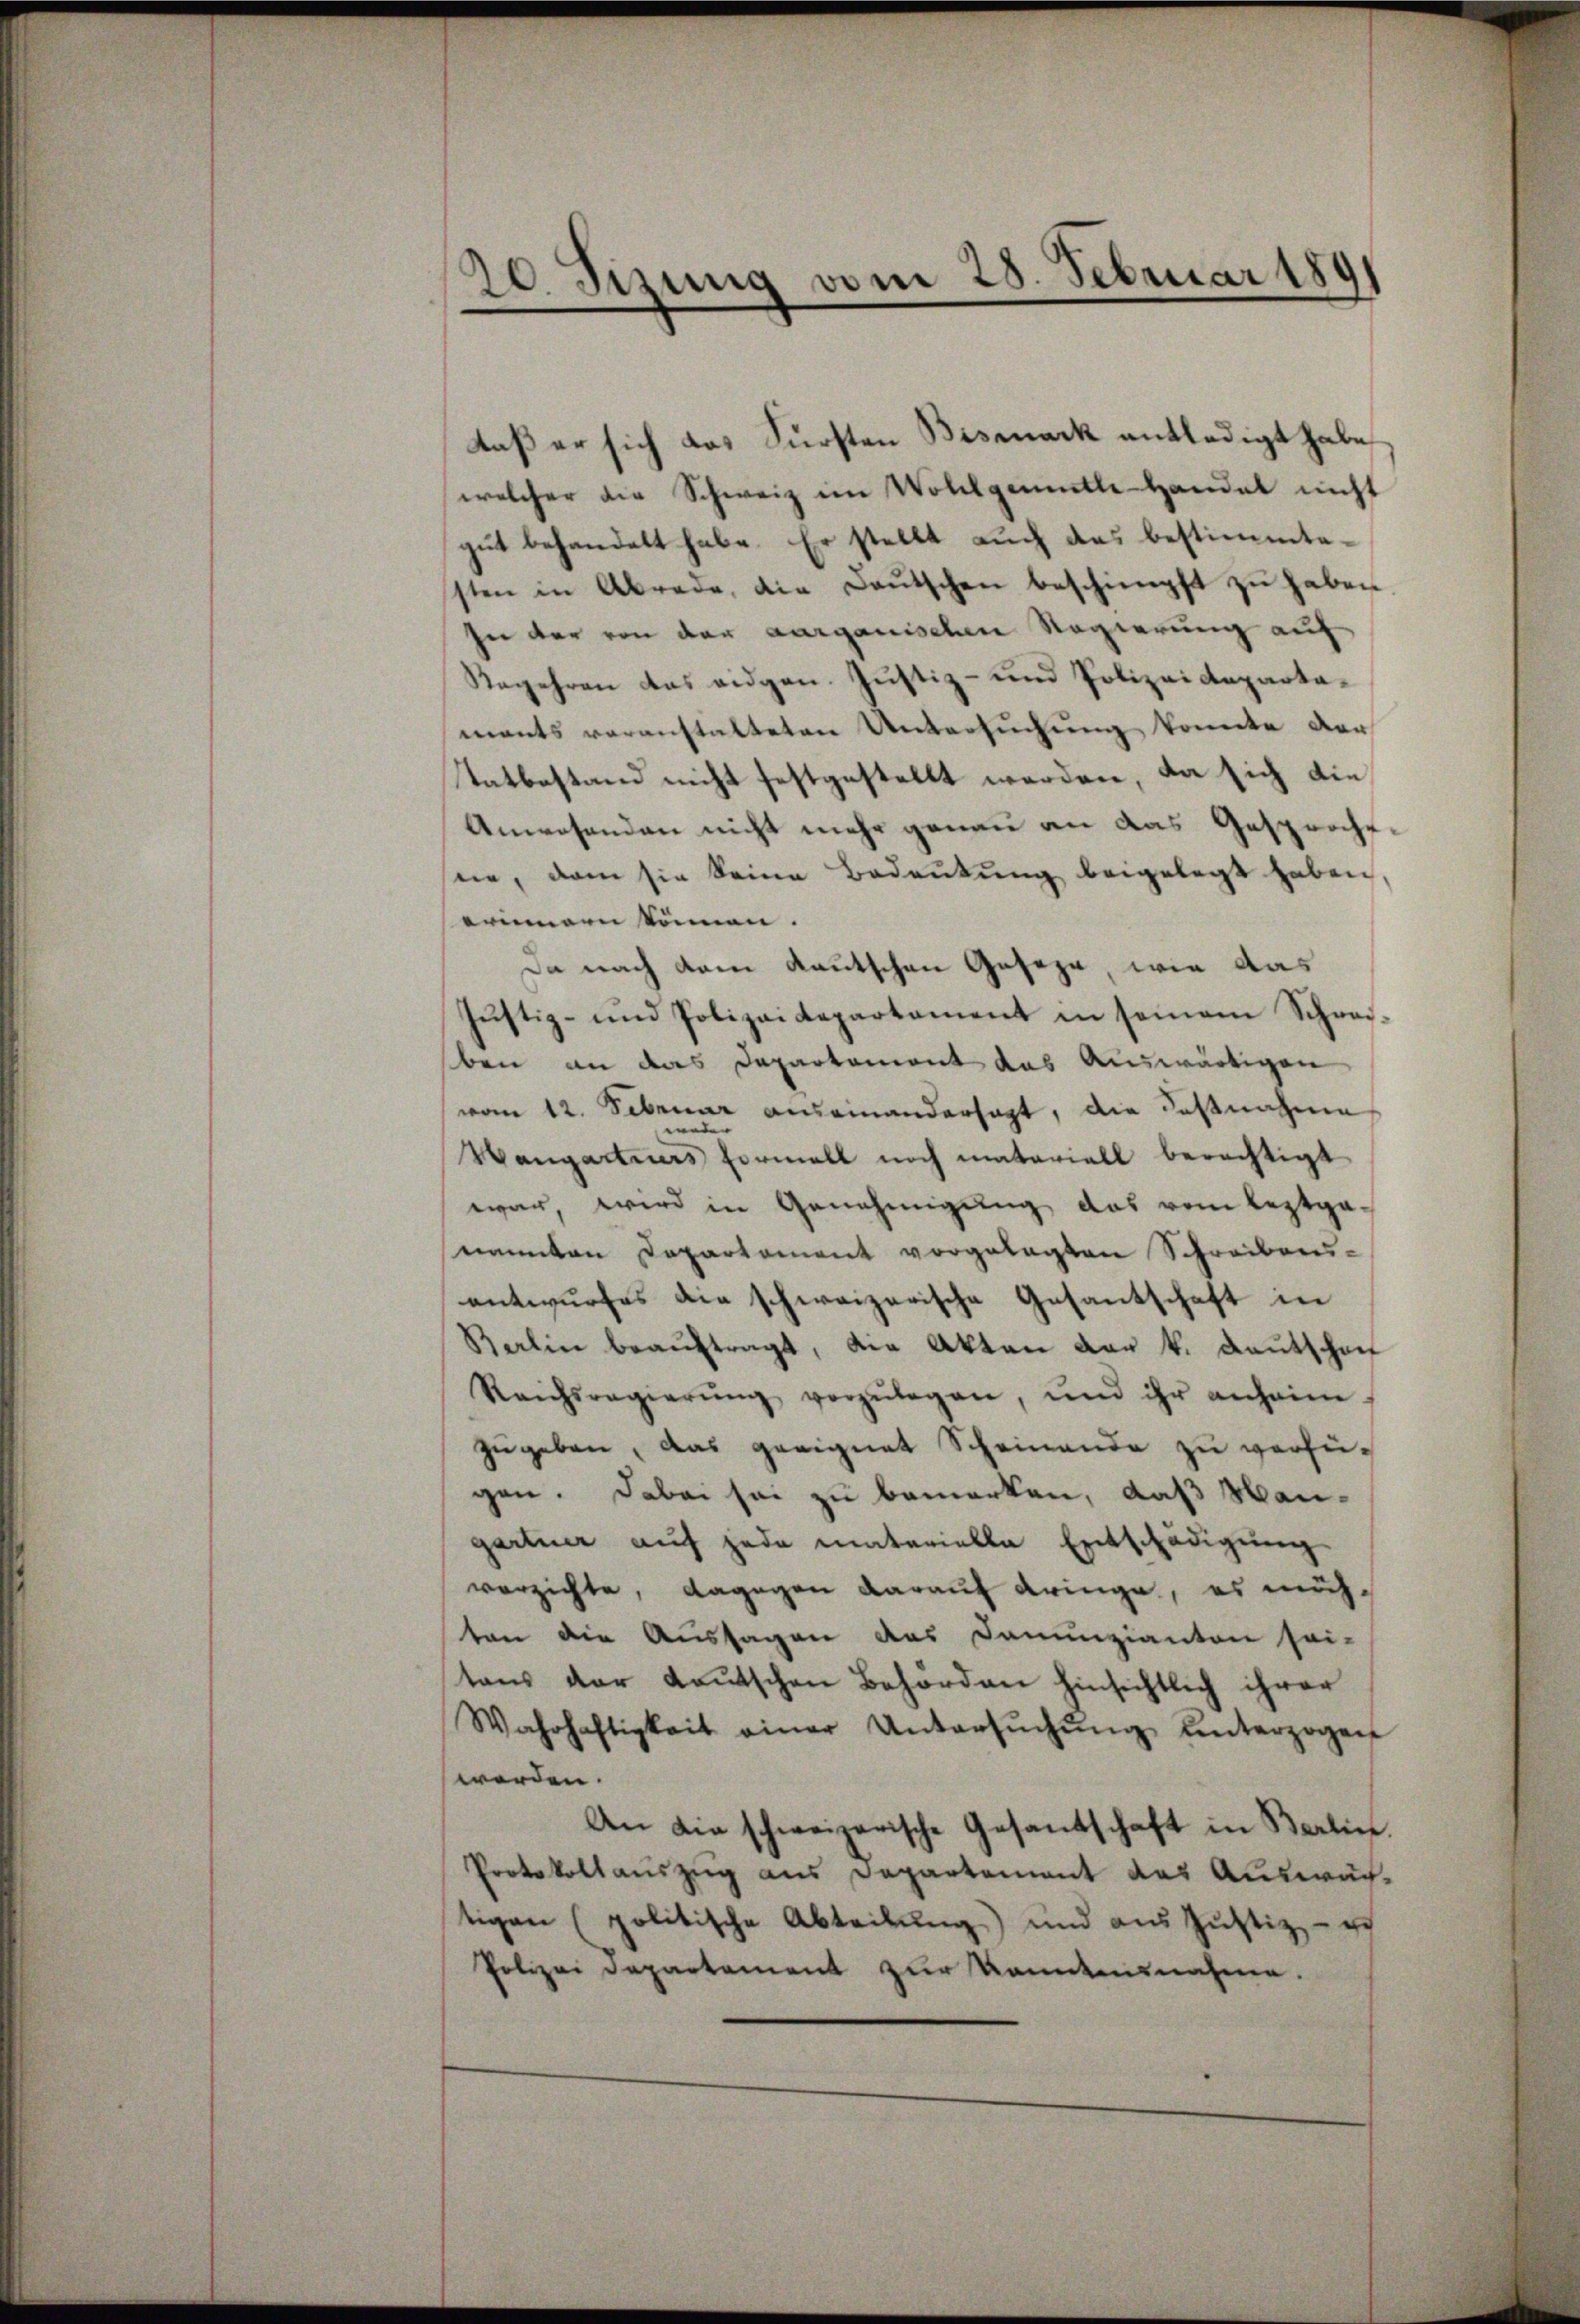
20. Sizung vom 28. Februar 1891

daß er sich das Fürsten Bismark entledigt habe.
welcher die Schweiz im Wollgemütte Handel nicht
gut behandelt habe. Er stellt auch das bestimmtesten in Abrede, die Leŭtschen beschimpft zŭ haben.
In der von der aargauischen Regierung auf
Regehren das eidgen. Justiz- und Polizeidepartamants voranstalteten Untersuchung konnte der
Tatbestand nicht festgestellt werden, da sich die
Anwesenden nicht mehr genau an das Gesprochene, dann sie keine Bedeutung beigelegt haben
erinnern können. |
Da nach dem Kautschen Geseze, wie das
Jŭstiz- und Polizeidepartament in seinem Schrei-
sben an das Departement das Auswärtigen
vom 12. Sebruar auseinandersagt, die desnahme
weder |
Vangartners Formell noch materiell berechtigt
war, wird in Genehmigung das vom leztganannten Departement vorgelegten Schreibens-
antwurfes die schweizerische Gesantschaft in
Barlin beaŭftragt, die Akten der k. Deutschen
Reichsregierŭng vorzŭlegen, und ihr anheim
zugeben, das geeignet Scheinande zu verfügen. Dabei sei zu bemerken, daß Man-
gartner auf jede materielle Entschädigung
verzichte, dagegen darauf dringe, es möchten die Aussagen des Denunzianton sei-
tens der Leŭtschen Behörden hinsichtlich ihrer
Wahrhaftigkeit einer Untersŭchŭng ŭnterzogen
werden.
An die schweizerische Gesandtschaft in Berlin.
Protokollauszug aus Departement des Auswächtigen (politische Abtreibŭng und aŭs Jŭstiz, - es
Polizei Departement zur Kenntnisnahme.